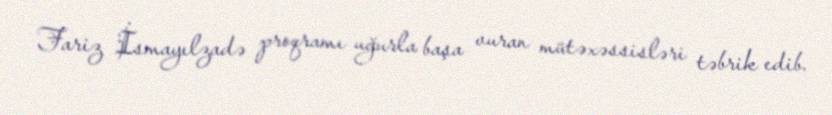
Fariz İsmayılzadə proqramı uğurla başa vuran mütəxəssisləri təbrik edib.